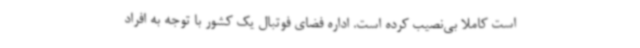
است کاملا بی‌نصیب کرده است. اداره فضای فوتبال یک کشور با توجه به افراد